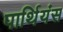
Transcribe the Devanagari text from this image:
पार्थियंस